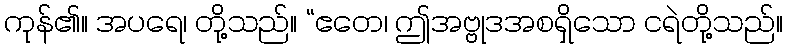
ကုန်၏။ အပရေ၊ တို့သည်။ “ဧတေ၊ ဤအဗ္ဗုဒအစရှိသော ငရဲတို့သည်။